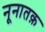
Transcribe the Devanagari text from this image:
नूनातक़